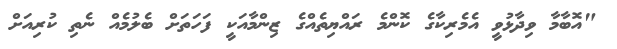
"އޮބާމާ ވިދާޅުވީ އެމެރިކާގެ ކޮންމެ ރައްޔިތެއްގެ ޒިންމާއަކީ ފަހަތަށް ބެލުމެއް ނެތި ކުރިއަށް